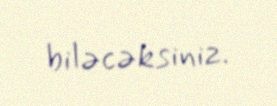
biləcəksiniz.